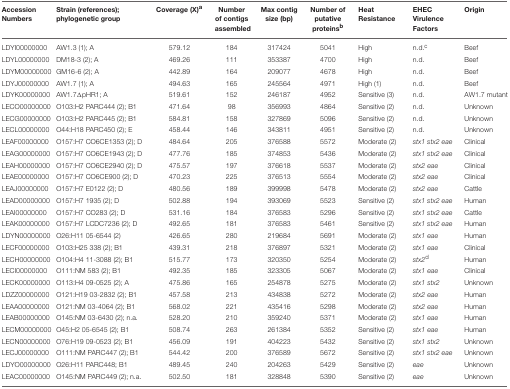
<table><thead><tr><td><b>Accession Numbers</b></td><td><b>Strain (references); phylogenetic group</b></td><td><b>Coverage (X)<sup>a</sup></b></td><td><b>Number of contigs assembled</b></td><td><b>Max contig size (bp)</b></td><td><b>Number of putative proteins<sup>b</sup></b></td><td><b>Heat Resistance</b></td><td><b>EHEC Virulence Factors</b></td><td><b>Origin</b></td></tr></thead><tbody><tr><td>LDYI00000000</td><td>AW1.3 (1); A</td><td>579.12</td><td>184</td><td>317424</td><td>5041</td><td>High</td><td>n.d.<sup>c</sup></td><td>Beef</td></tr><tr><td>LDYL00000000</td><td>DM18-3 (2); A</td><td>469.26</td><td>111</td><td>353387</td><td>4700</td><td>High</td><td>n.d.</td><td>Beef</td></tr><tr><td>LDYM00000000</td><td>GM16-6 (2); A</td><td>442.89</td><td>164</td><td>209077</td><td>4678</td><td>High</td><td>n.d.</td><td>Beef</td></tr><tr><td>LDYJ00000000</td><td>AW1.7 (1); A</td><td>494.63</td><td>165</td><td>245564</td><td>4971</td><td>High (1)</td><td>n.d.</td><td>Beef</td></tr><tr><td>LDYK00000000</td><td>AW1.7ΔpHR1; A</td><td>519.61</td><td>152</td><td>246187</td><td>4952</td><td>Sensitive (3)</td><td>n.d.</td><td>AW1.7 mutant</td></tr><tr><td>LECO00000000</td><td>O103:H2 PARC444 (2); B1</td><td>471.64</td><td>98</td><td>356993</td><td>4864</td><td>Sensitive (2)</td><td>n.d.</td><td>Unknown</td></tr><tr><td>LECG00000000</td><td>O103:H2 PARC445 (2); B1</td><td>584.81</td><td>158</td><td>327869</td><td>5096</td><td>Sensitive (2)</td><td>n.d.</td><td>Unknown</td></tr><tr><td>LECL00000000</td><td>O44:H18 PARC450 (2); E</td><td>458.44</td><td>146</td><td>343811</td><td>4951</td><td>Sensitive (2)</td><td>n.d.</td><td>Unknown</td></tr><tr><td>LEAF00000000</td><td>O157:H7 CO6CE1353 (2); D</td><td>484.64</td><td>205</td><td>376588</td><td>5572</td><td>Moderate (2)</td><td><i>stx1 stx2 eae</i></td><td>Clinical</td></tr><tr><td>LEAG00000000</td><td>O157:H7 CO6CE1943 (2); D</td><td>477.76</td><td>185</td><td>374853</td><td>5436</td><td>Moderate (2)</td><td><i>stx1 stx2 eae</i></td><td>Clinical</td></tr><tr><td>LEAH00000000</td><td>O157:H7 CO6CE2940 (2); D</td><td>475.57</td><td>197</td><td>376618</td><td>5537</td><td>Moderate (2)</td><td><i>stx2 eae</i></td><td>Clinical</td></tr><tr><td>LEAE00000000</td><td>O157:H7 CO6CE900 (2); D</td><td>470.23</td><td>225</td><td>376513</td><td>5554</td><td>Moderate (2)</td><td><i>stx2 eae</i></td><td>Clinical</td></tr><tr><td>LEAJ00000000</td><td>O157:H7 E0122 (2); D</td><td>480.56</td><td>189</td><td>399998</td><td>5478</td><td>Moderate (2)</td><td><i>stx2 eae</i></td><td>Cattle</td></tr><tr><td>LEAD00000000</td><td>O157:H7 1935 (2); D</td><td>502.88</td><td>194</td><td>393069</td><td>5523</td><td>Sensitive (2)</td><td><i>stx1 stx2 eae</i></td><td>Human</td></tr><tr><td>LEAI00000000</td><td>O157:H7 CO283 (2); D</td><td>531.16</td><td>184</td><td>376583</td><td>5296</td><td>Sensitive (2)</td><td><i>stx1 stx2 eae</i></td><td>Cattle</td></tr><tr><td>LEAK00000000</td><td>O157:H7 LCDC7236 (2); D</td><td>492.65</td><td>181</td><td>376583</td><td>5461</td><td>Sensitive (2)</td><td><i>stx1 stx2 eae</i></td><td>Human</td></tr><tr><td>LDYN00000000</td><td>O26:H11 05-6544 (2)</td><td>426.65</td><td>280</td><td>219684</td><td>5691</td><td>Moderate (2)</td><td><i>stx1 eae</i></td><td>Human</td></tr><tr><td>LECF00000000</td><td>O103:H25 338 (2); B1</td><td>439.31</td><td>218</td><td>376897</td><td>5321</td><td>Moderate (2)</td><td><i>stx1 eae</i></td><td>Clinical</td></tr><tr><td>LECH00000000</td><td>O104:H4 11-3088 (2); B1</td><td>515.77</td><td>173</td><td>320350</td><td>5254</td><td>Moderate (2)</td><td><i>stx2</i><sup>d</sup></td><td>Human</td></tr><tr><td>LECI00000000</td><td>O111:NM 583 (2); B1</td><td>492.35</td><td>185</td><td>323305</td><td>5067</td><td>Moderate (2)</td><td><i>stx1 eae</i></td><td>Clinical</td></tr><tr><td>LECK00000000</td><td>O113:H4 09-0525 (2); A</td><td>475.86</td><td>165</td><td>254878</td><td>5275</td><td>Moderate (2)</td><td><i>stx1 stx2</i></td><td>Unknown</td></tr><tr><td>LDZZ00000000</td><td>O121:H19 03-2832 (2); B1</td><td>457.58</td><td>213</td><td>434838</td><td>5272</td><td>Moderate (2)</td><td><i>stx2 eae</i></td><td>Human</td></tr><tr><td>LEAA00000000</td><td>O121:NM 03-4064 (2); B1</td><td>568.02</td><td>221</td><td>435416</td><td>5298</td><td>Moderate (2)</td><td><i>stx2 eae</i></td><td>Human</td></tr><tr><td>LEAB00000000</td><td>O145:NM 03-6430 (2); n.a.</td><td>528.20</td><td>210</td><td>359240</td><td>5371</td><td>Moderate (2)</td><td><i>stx1 eae</i></td><td>Human</td></tr><tr><td>LECM00000000</td><td>O45:H2 05-6545 (2); B1</td><td>508.74</td><td>263</td><td>261384</td><td>5352</td><td>Sensitive (2)</td><td><i>stx1 eae</i></td><td>Human</td></tr><tr><td>LECN00000000</td><td>O76:H19 09-0523 (2); B1</td><td>456.09</td><td>191</td><td>404223</td><td>5432</td><td>Sensitive (2)</td><td><i>stx1 stx2</i></td><td>Unknown</td></tr><tr><td>LECJ00000000</td><td>O111:NM PARC447 (2); B1</td><td>544.42</td><td>200</td><td>376589</td><td>5672</td><td>Sensitive (2)</td><td><i>stx1 stx2 eae</i></td><td>Unknown</td></tr><tr><td>LDYO00000000</td><td>O26:H11 PARC448; B1</td><td>489.45</td><td>240</td><td>204263</td><td>5429</td><td>Sensitive (2)</td><td><i>eae</i></td><td>Unknown</td></tr><tr><td>LEAC00000000</td><td>O145:NM PARC449 (2); n.a.</td><td>502.50</td><td>181</td><td>328848</td><td>5390</td><td>Sensitive (2)</td><td><i>eae</i></td><td>Unknown</td></tr></tbody></table>